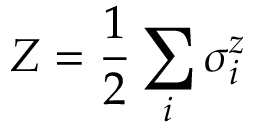
Z = \frac { 1 } { 2 } \sum _ { i } \sigma _ { i } ^ { z }